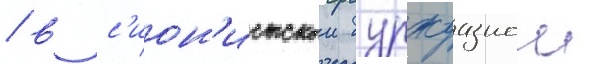
/ в с'ион'истскои буржуазнои